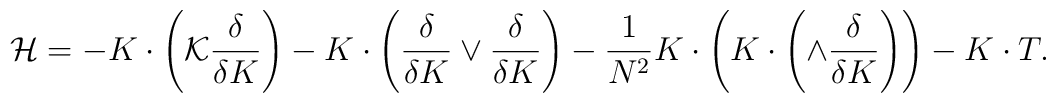
{\cal H}= -K\cdot \left({\cal K} \frac{\delta}{\delta K}\right)-K\cdot\left(\frac{\delta}{\delta K} \vee \frac{\delta}{\delta K}\right) - \frac{1}{N^2} K\cdot\left( K \cdot \left( \wedge \frac{\delta}{\delta K}\right)\right) - K\cdot T .